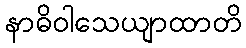
နာဓိဝါသေယျာထာတိ